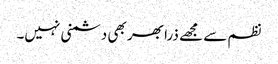
نظم سے مجھے ذرا بھر بھی دشمنی نہیں۔